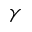
\gamma